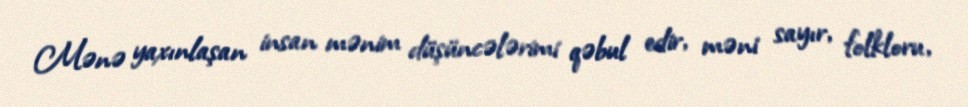
Mənə yaxınlaşan insan mənim düşüncələrimi qəbul edir, məni sayır, folkloru,